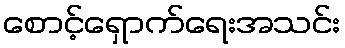
စောင့်ရှောက်ရေးအသင်း